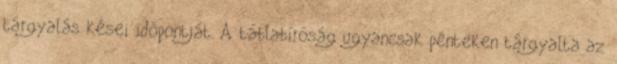
tárgyalás kései időpontját. A táblabíróság ugyancsak pénteken tárgyalta az